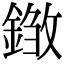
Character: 𨨽